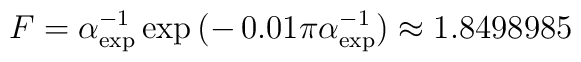
F = \alpha_{\mathrm{exp}}^{-1}\exp{(-\,0.01\pi\alpha_{\mathrm{exp}}^{-1})}   \approx 1.8498985